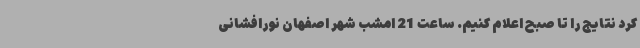
کرد نتایج را تا صبح اعلام کنیم. ساعت 21 امشب شهر اصفهان نورافشانی